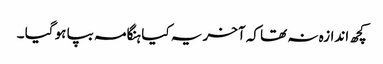
کچھ اندازہ نہ تھا کہ آخر یہ کیا ہنگامہ بپا ہو گیا ۔